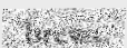
brews